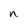
Character: n